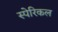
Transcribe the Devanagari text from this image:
स्पेरिकल